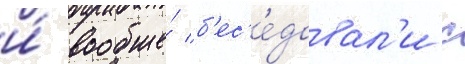
и́ вообще́ б'ес'е́довал'и с